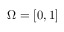
\Omega = [ 0 , 1 ]